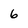
Character: 6